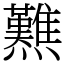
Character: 㸐